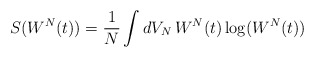
\begin{align*}S(W^N(t))=\frac{1}{N}\int dV_N \,W^N(t)\log(W^N(t))\end{align*}